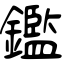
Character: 鑑